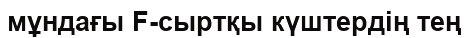
мұндағы F-сыртқы күштердің тең